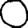
Digit: 0